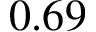
0 . 6 9